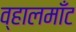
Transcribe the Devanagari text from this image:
व्हालमाँट